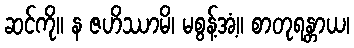
ဆင်ကို။ န ဇဟိဿာမိ၊ မစွန့်အံ့။ စာတုရန္တာယ၊